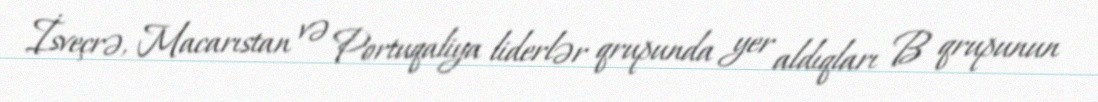
İsveçrə, Macarıstan və Portuqaliya liderlər qrupunda yer aldıqları B qrupunun